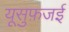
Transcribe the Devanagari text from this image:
यूसुफ़जई